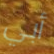
أبي